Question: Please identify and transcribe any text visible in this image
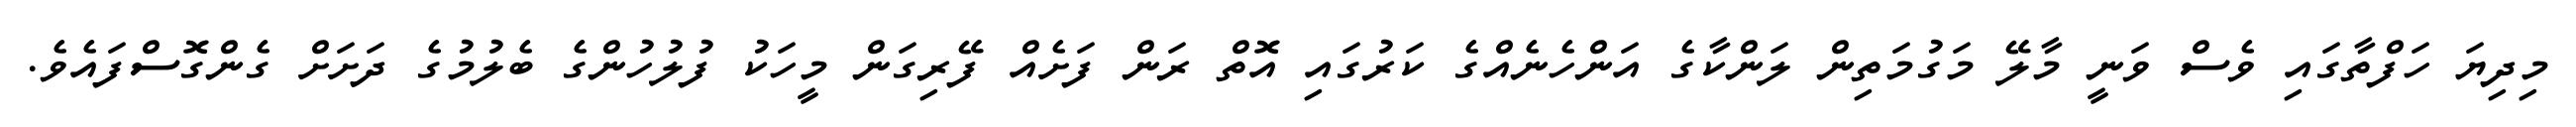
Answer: މިދިޔަ ހަފްތާގައި ވެސް ވަނީ މާލޭ މަގުމަތިން ލަންކާގެ އަންހެނެއްގެ ކަރުގައި އޮތް ރަން ފަށެއް ފޭރިގަން މީހަކު ފުލުހުންގެ ބެލުމުގެ ދަށަށް ގެންގޮސްފައެވެ.